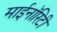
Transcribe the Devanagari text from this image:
माईनॉरिटी